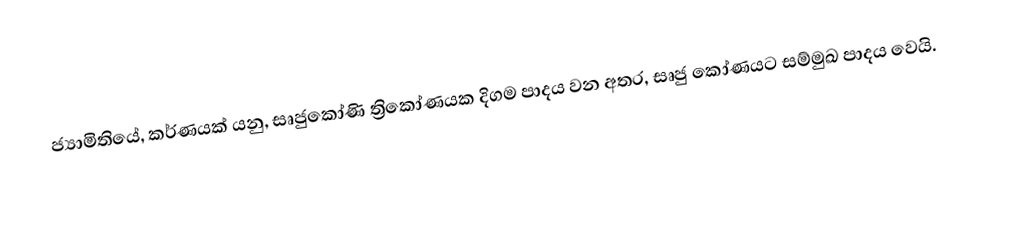
ජ්‍යාමිතියේ, කර්ණයක් යනු, සෘජුකෝණි ත්‍රි‍කෝණයක දිගම පාදය වන අතර,  සෘජු කෝණයට සම්මුඛ පාදය වෙයි.